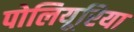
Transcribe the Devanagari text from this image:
पोलियूरिया